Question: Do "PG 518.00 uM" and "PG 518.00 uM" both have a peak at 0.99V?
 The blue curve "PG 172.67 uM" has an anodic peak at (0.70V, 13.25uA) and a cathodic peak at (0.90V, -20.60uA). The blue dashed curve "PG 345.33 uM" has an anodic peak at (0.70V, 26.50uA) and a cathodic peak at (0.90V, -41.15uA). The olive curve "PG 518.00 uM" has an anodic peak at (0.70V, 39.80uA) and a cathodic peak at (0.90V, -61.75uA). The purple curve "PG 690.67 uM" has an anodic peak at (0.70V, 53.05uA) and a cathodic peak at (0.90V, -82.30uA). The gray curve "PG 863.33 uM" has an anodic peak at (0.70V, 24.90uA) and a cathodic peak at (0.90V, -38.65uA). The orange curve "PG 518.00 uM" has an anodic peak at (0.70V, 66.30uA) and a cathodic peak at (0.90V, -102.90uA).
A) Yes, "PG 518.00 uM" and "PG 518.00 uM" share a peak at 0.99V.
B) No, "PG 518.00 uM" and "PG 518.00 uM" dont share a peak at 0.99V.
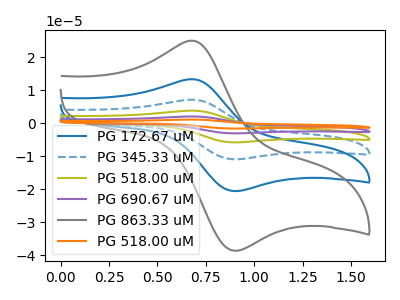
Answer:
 <answer>B) No, "PG 518.00 uM" and "PG 518.00 uM" dont share a peak at 0.99V.</answer>
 <eval>B</eval>